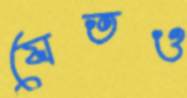
যেতও